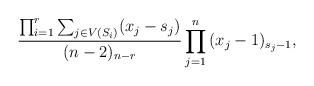
LaTeX: \begin{align*} \frac{ \prod_{i=1}^r \sum_{j\in V(S_i)} (x_j-s_j)}{(n-2)_{n-r}} \prod_{j=1}^n \, (x_j-1)_{s_j-1},\end{align*}